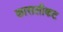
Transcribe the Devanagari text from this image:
कासलीकट